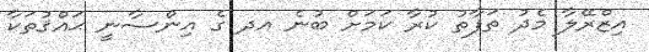
އިޒްރޭލާ މެދު ތަފާތު ކުރާ ކަމަށް ބުނެ އދ ގެ އިންސާނީ ޙައްޤުތަކާ